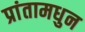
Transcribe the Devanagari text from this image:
प्रांतामधुन